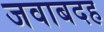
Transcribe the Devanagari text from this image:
जवाबदह